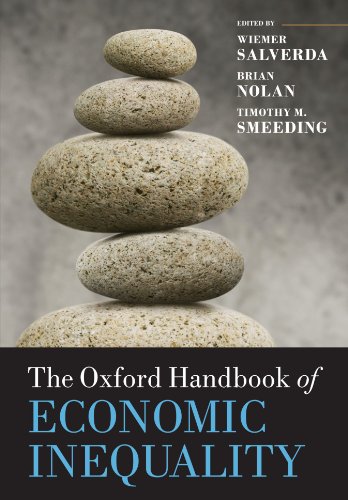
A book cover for The Oxford Handbook of Economic Inequality (Oxford Handbooks); Wiemer Salverda; Business & Money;